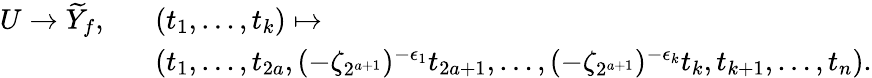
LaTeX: \begin{array}{rl}{U\to\widetilde Y_{f},\; \; \; }&{(t_{1},\dotsc,t_{k})\mapsto}\\ &{\left(t_{1},\dotsc,t_{2a},(-\zeta_{2^{a+1}})^{-\epsilon_{1}}t_{2a+1},\dotsc,(-\zeta_{2^{a+1}})^{-\epsilon_{k}}t_{k},t_{k+1},\dotsc,t_{n}\right).}\end{array}